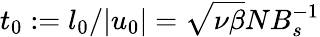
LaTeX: t_{0}:=l_{0}/|u_{0}|=\sqrt{\nu\beta}NB_{s}^{-1}